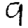
Digit: 9